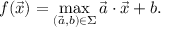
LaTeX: f ( { \vec { x } } ) = \operatorname* { m a x } _ { ( { \vec { a } } , b ) \in \Sigma } { \vec { a } } \cdot { \vec { x } } + b .